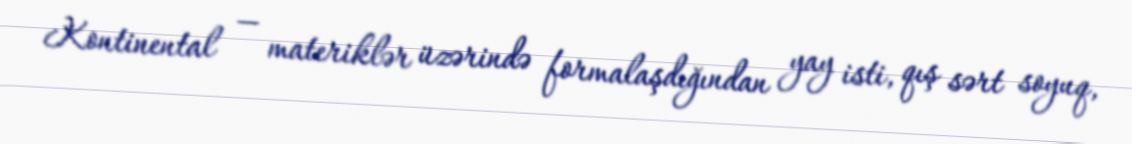
Kontinental — materiklər üzərində formalaşdığından yay isti, qış sərt soyuq,